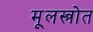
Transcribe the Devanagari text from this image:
मूलस्त्रोत